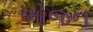
ભોજન